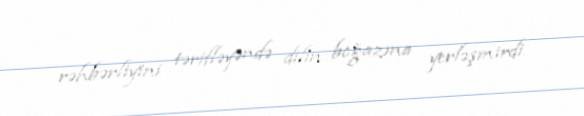
rəhbərliyini tərifləyəndə dilin boğazına yerləşmirdi.